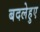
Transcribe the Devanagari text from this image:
बदलेहुए